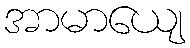
အာမာယျေ